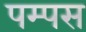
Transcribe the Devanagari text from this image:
पम्पस